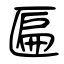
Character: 匾